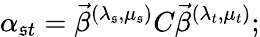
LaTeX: \alpha_{\mathfrak{s}t}=\vec{{\beta}}^{(\lambda_{\mathfrak{s}},\mu_{\mathfrak{s}})}C\vec{{\beta}}^{(\lambda_{t},\mu_{t})};